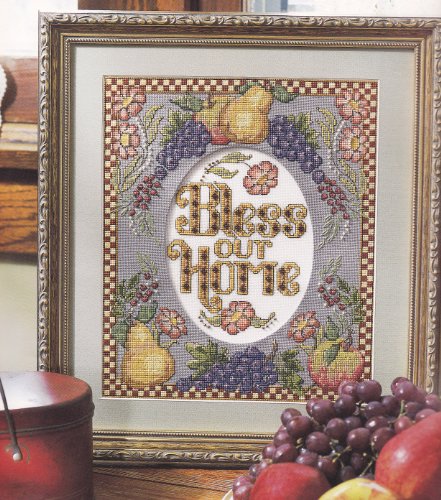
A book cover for Keepsake Calendar 2003 - Counted Cross Stitch Projects - Better Homes and Gardens; Calendars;